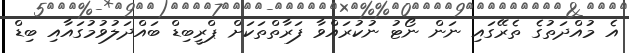
އެ މުއްދަތުގެ ތެރޭގައި ނަން ނޯޓު ނުކުރައްވާ ފަރާތްތަކަށް ޕްރީބިޑް ބައްދަލުވުމުގައާއި ބިޑް